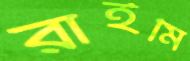
রাইমি